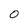
Character: 0